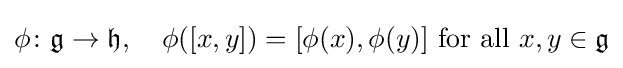
\phi \colon {\mathfrak {g}}\to {\mathfrak {h}},\quad \phi ([x,y])=[\phi (x),\phi (y)]\ {\text{for all}}\ x,y\in {\mathfrak {g}}